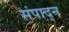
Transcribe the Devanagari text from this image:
संपाद्न